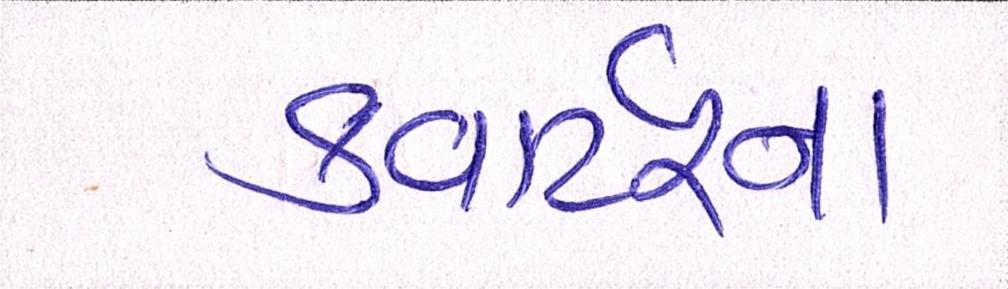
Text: કવાર્ટરના